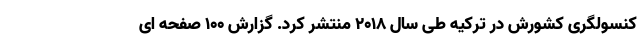
کنسولگری کشورش در ترکیه طی سال ۲۰۱۸ منتشر کرد. گزارش ۱۰۰ صفحه ای